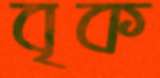
বৃক